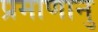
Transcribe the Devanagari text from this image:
प्रमाणानु